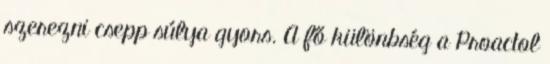
szerezni csepp súlya gyors. A fő különbség a Proactol